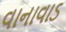
વાનાવાડ